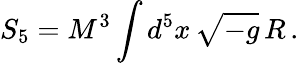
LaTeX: S_{5}=M^{3}\int d^{5}x\, \sqrt{-g}\, R\, .